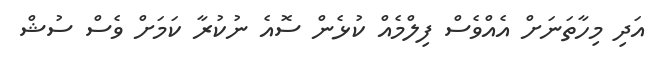
އަދި މިހާތަނަށް އެއްވެސް ފިލްމެއް ކުޅެން ސޮއެ ނުކުރާ ކަމަށް ވެސް ސުޝް